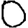
Digit: 0